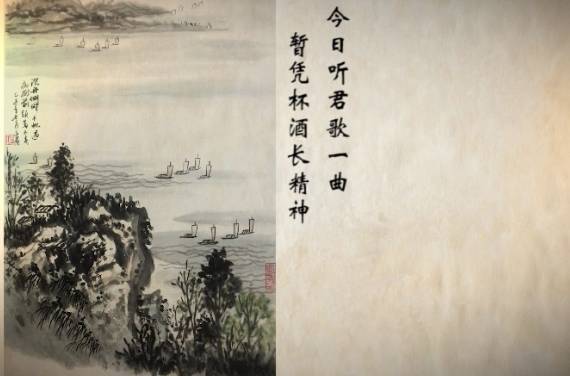
今日听君歌一曲，暂凭杯酒长精神。